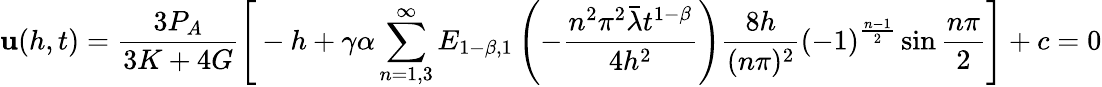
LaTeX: \mathbf{u}(h,t)=\frac{{3P_{A}}}{{3K+4G}}\Bigg[-h+\gamma\alpha\sum_{n=1,3}^{\infty}E_{1-\beta,1}\left(-{\frac{{n^{2}\pi^{2}\bar{{\lambda}}t^{1-\beta}}}{{4h^{2}}}}\right)\frac{{8h}}{{(n\pi)^{2}}}\left(-1\right)^{\frac{{n-1}}{{2}}}\sin\frac{{n\pi}}{{2}}\Bigg]+c=0